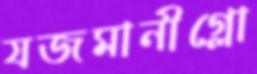
যজমানীগ্লো